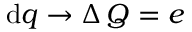
\mathrm { d } q \to \Delta \, Q = e